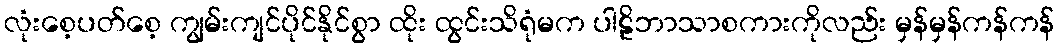
လုံးစေ့ပတ်စေ့ ကျွမ်းကျင်ပိုင်နိုင်စွာ ထိုး ထွင်းသိရုံမက ပါဠိဘာသာစကားကိုလည်း မှန်မှန်ကန်ကန်